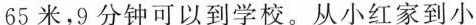
65米，9分钟可以到学校。从小红家到小